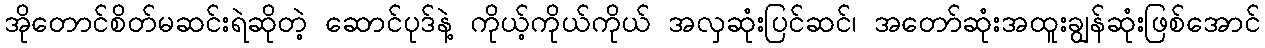
အိုတောင်စိတ်မဆင်းရဲဆိုတဲ့ ဆောင်ပုဒ်နဲ့ ကိုယ့်ကိုယ်ကိုယ် အလှဆုံးပြင်ဆင်၊ အတော်ဆုံးအထူးချွန်ဆုံးဖြစ်အောင်